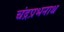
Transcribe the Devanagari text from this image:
चंद्रप्रभनाथ